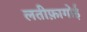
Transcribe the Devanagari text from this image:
लतीफ़ागोई